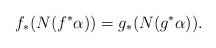
LaTeX: \begin{align*}f_*(N(f^*\alpha))=g_*(N(g^*\alpha)).\end{align*}